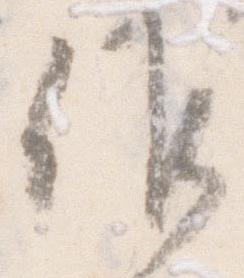
候